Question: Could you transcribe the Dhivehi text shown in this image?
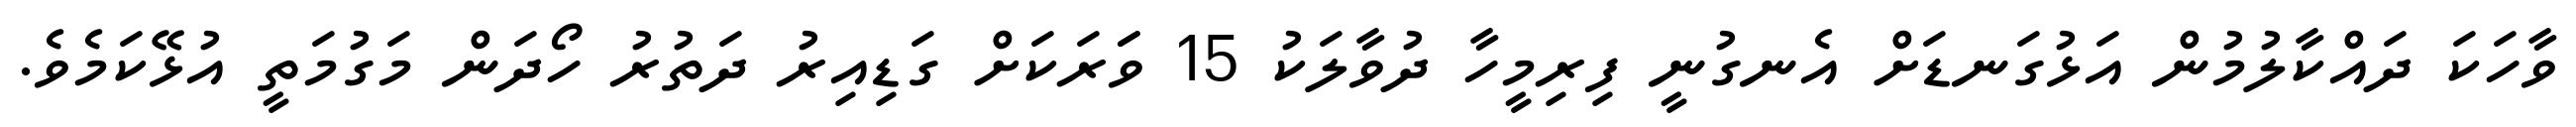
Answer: ވާހަކަ ދައްކާލުމުން އަޅުގަނޑަށް އެނގުނީ ފިރިމީހާ ދުވާލަކު 15 ވަަރަކަށް ގަޑިއިރު ދަތުރު ހޯދަން މަގުމަތީ އުޅޭކަމެވެ.